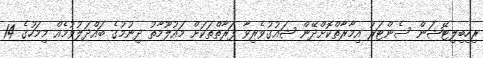
ރިހިބިލިޓޭޝަން ސެންޓަރު އިމާރާތްކޮށްދޭން ޝައުގުވެރިވާ ފަރާތްތަކަށް މައުލޫމާތު ދިނުމުގެ ބައްދަލުވުމެއް މިމަހުގެ 14